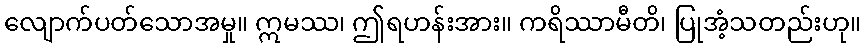
လျောက်ပတ်သောအမှု။ ဣမဿ၊ ဤရဟန်းအား။ ကရိဿာမီတိ၊ ပြုအံ့သတည်းဟု။